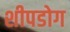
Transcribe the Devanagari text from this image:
शीपडोग